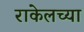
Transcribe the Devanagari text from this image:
राकेलच्या